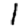
Digit: 1